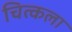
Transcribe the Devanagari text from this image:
चित्कला